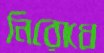
নিরোধে